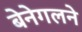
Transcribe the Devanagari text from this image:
बेनेगलने